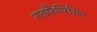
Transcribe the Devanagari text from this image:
राइफैपिसिन